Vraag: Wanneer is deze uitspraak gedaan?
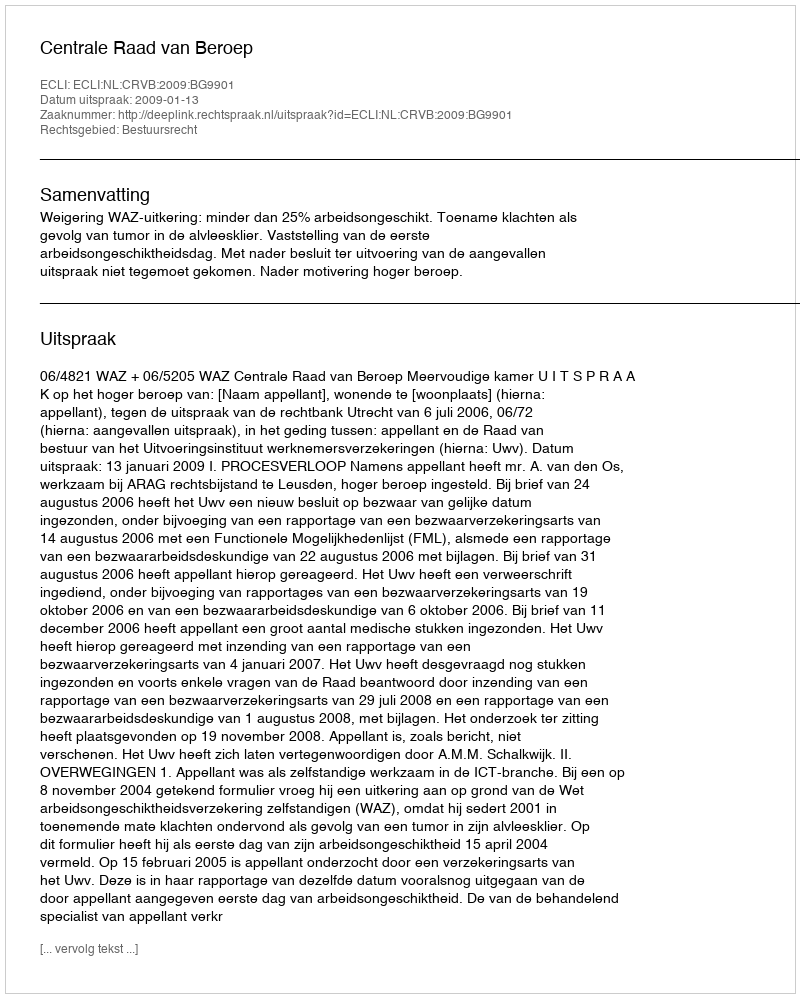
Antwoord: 2009-01-13